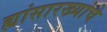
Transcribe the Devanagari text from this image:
ह्यांसारख्यांचे